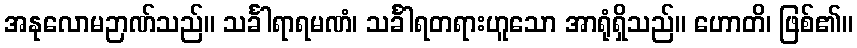
အနုလောမဉာဏ်သည်။ သင်္ခါရာရမဏံ၊ သင်္ခါရတရားဟူသော အာရုံရှိသည်။ ဟောတိ၊ ဖြစ်၏။